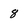
Character: 8